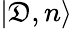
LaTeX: |\mathfrak{D},n\rangle